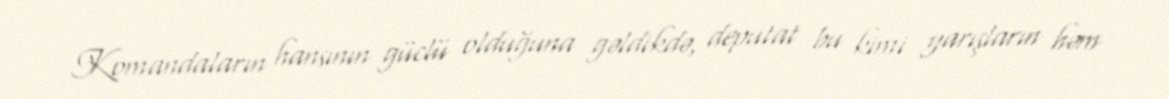
Komandaların hansının güclü olduğuna gəldikdə, deputat bu kimi yarışların həm